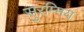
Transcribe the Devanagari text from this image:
सुरम्मिय